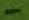
Text: -